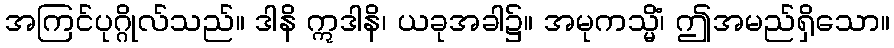
အကြင်ပုဂ္ဂိုလ်သည်။ ဒါနိ ဣဒါနိ၊ ယခုအခါ၌။ အမုကသ္မိံ၊ ဤအမည်ရှိသော။